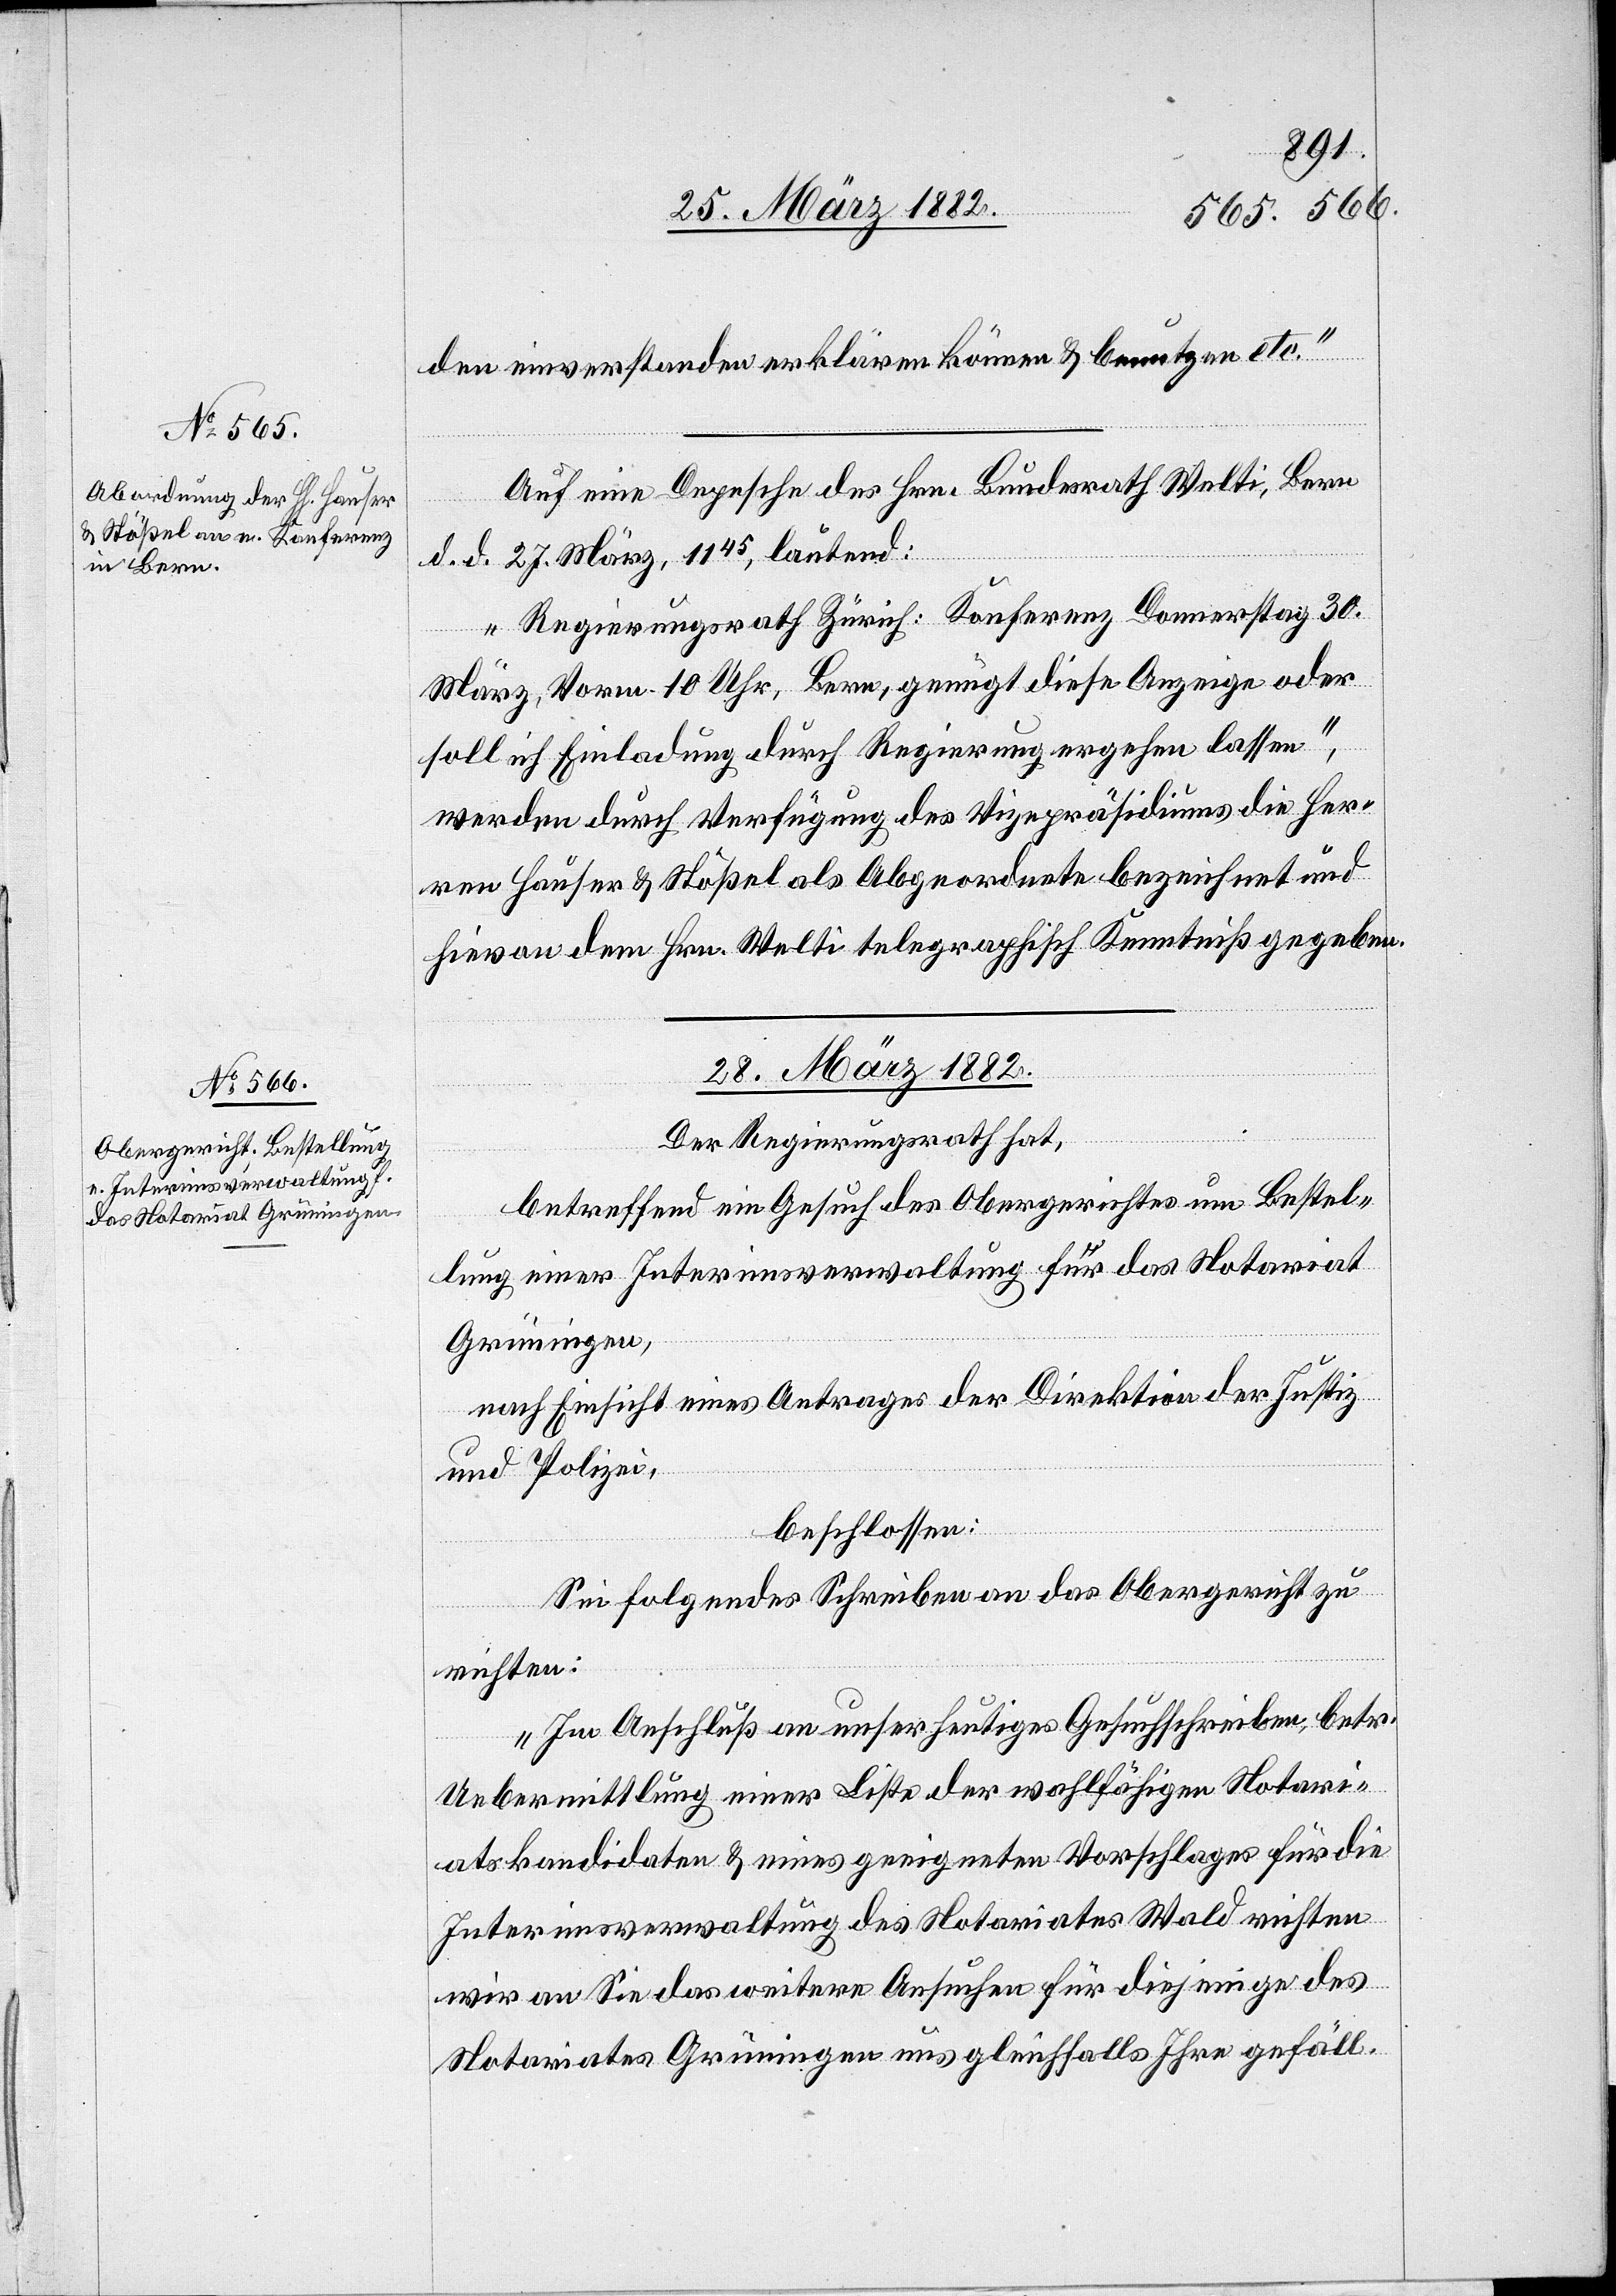
den einverstanden erklären können & benutzen etc.“
Auf eine Depesche des Hrn. Bundesrath Welti, Bern
d. d. 27. März, 1145, lautend:
„Regierungsrath Zürich: Konferenz Donnerstag 30.
März, Vorm. 10 Uhr, Bern, genügt diese Anzeige oder
soll ich Einladung durch Regierung ergehen lassen“,
werden durch Verfügung des Vizepräsidiums die Her¬
ren Hauser & Stößel als Abgeordnete bezeichnet und
hievon dem Hrn. Welti telegraphisch Kenntniß gegeben.
28. März 1882.
Der Regierungsrath hat,
betreffend ein Gesuch des Obergerichtes um Bestel¬
lung einer Interimsverwaltung für das Notariat
Grüningen,
nach Einsicht eines Antrages der Direktion der Justiz
und Polizei,
beschlossen:
Sei folgendes Schreiben an das Obergericht zu
richten:
„Im Anschluß an unser heutiges Gesuchsschreiben betr.
Uebermittlung einer Liste der wohlfähigen Notari¬
atskandidaten & eines geeigneten Vorschlages für die
Interimsverwaltung des Notariats Wald richten
wir an Sie das weitere Ansuchen für diejenigen des
Notariats Grüningen uns gleichfalls Ihre gefäll.